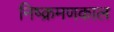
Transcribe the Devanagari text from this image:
निष्क्रमणकाल